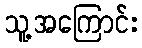
သူ့အကြောင်း